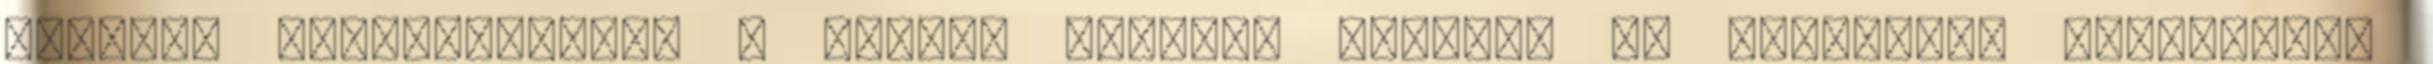
Bűnügyi nyilvántartás – meddig tartják nyilván az adatokat? Nemzetközi